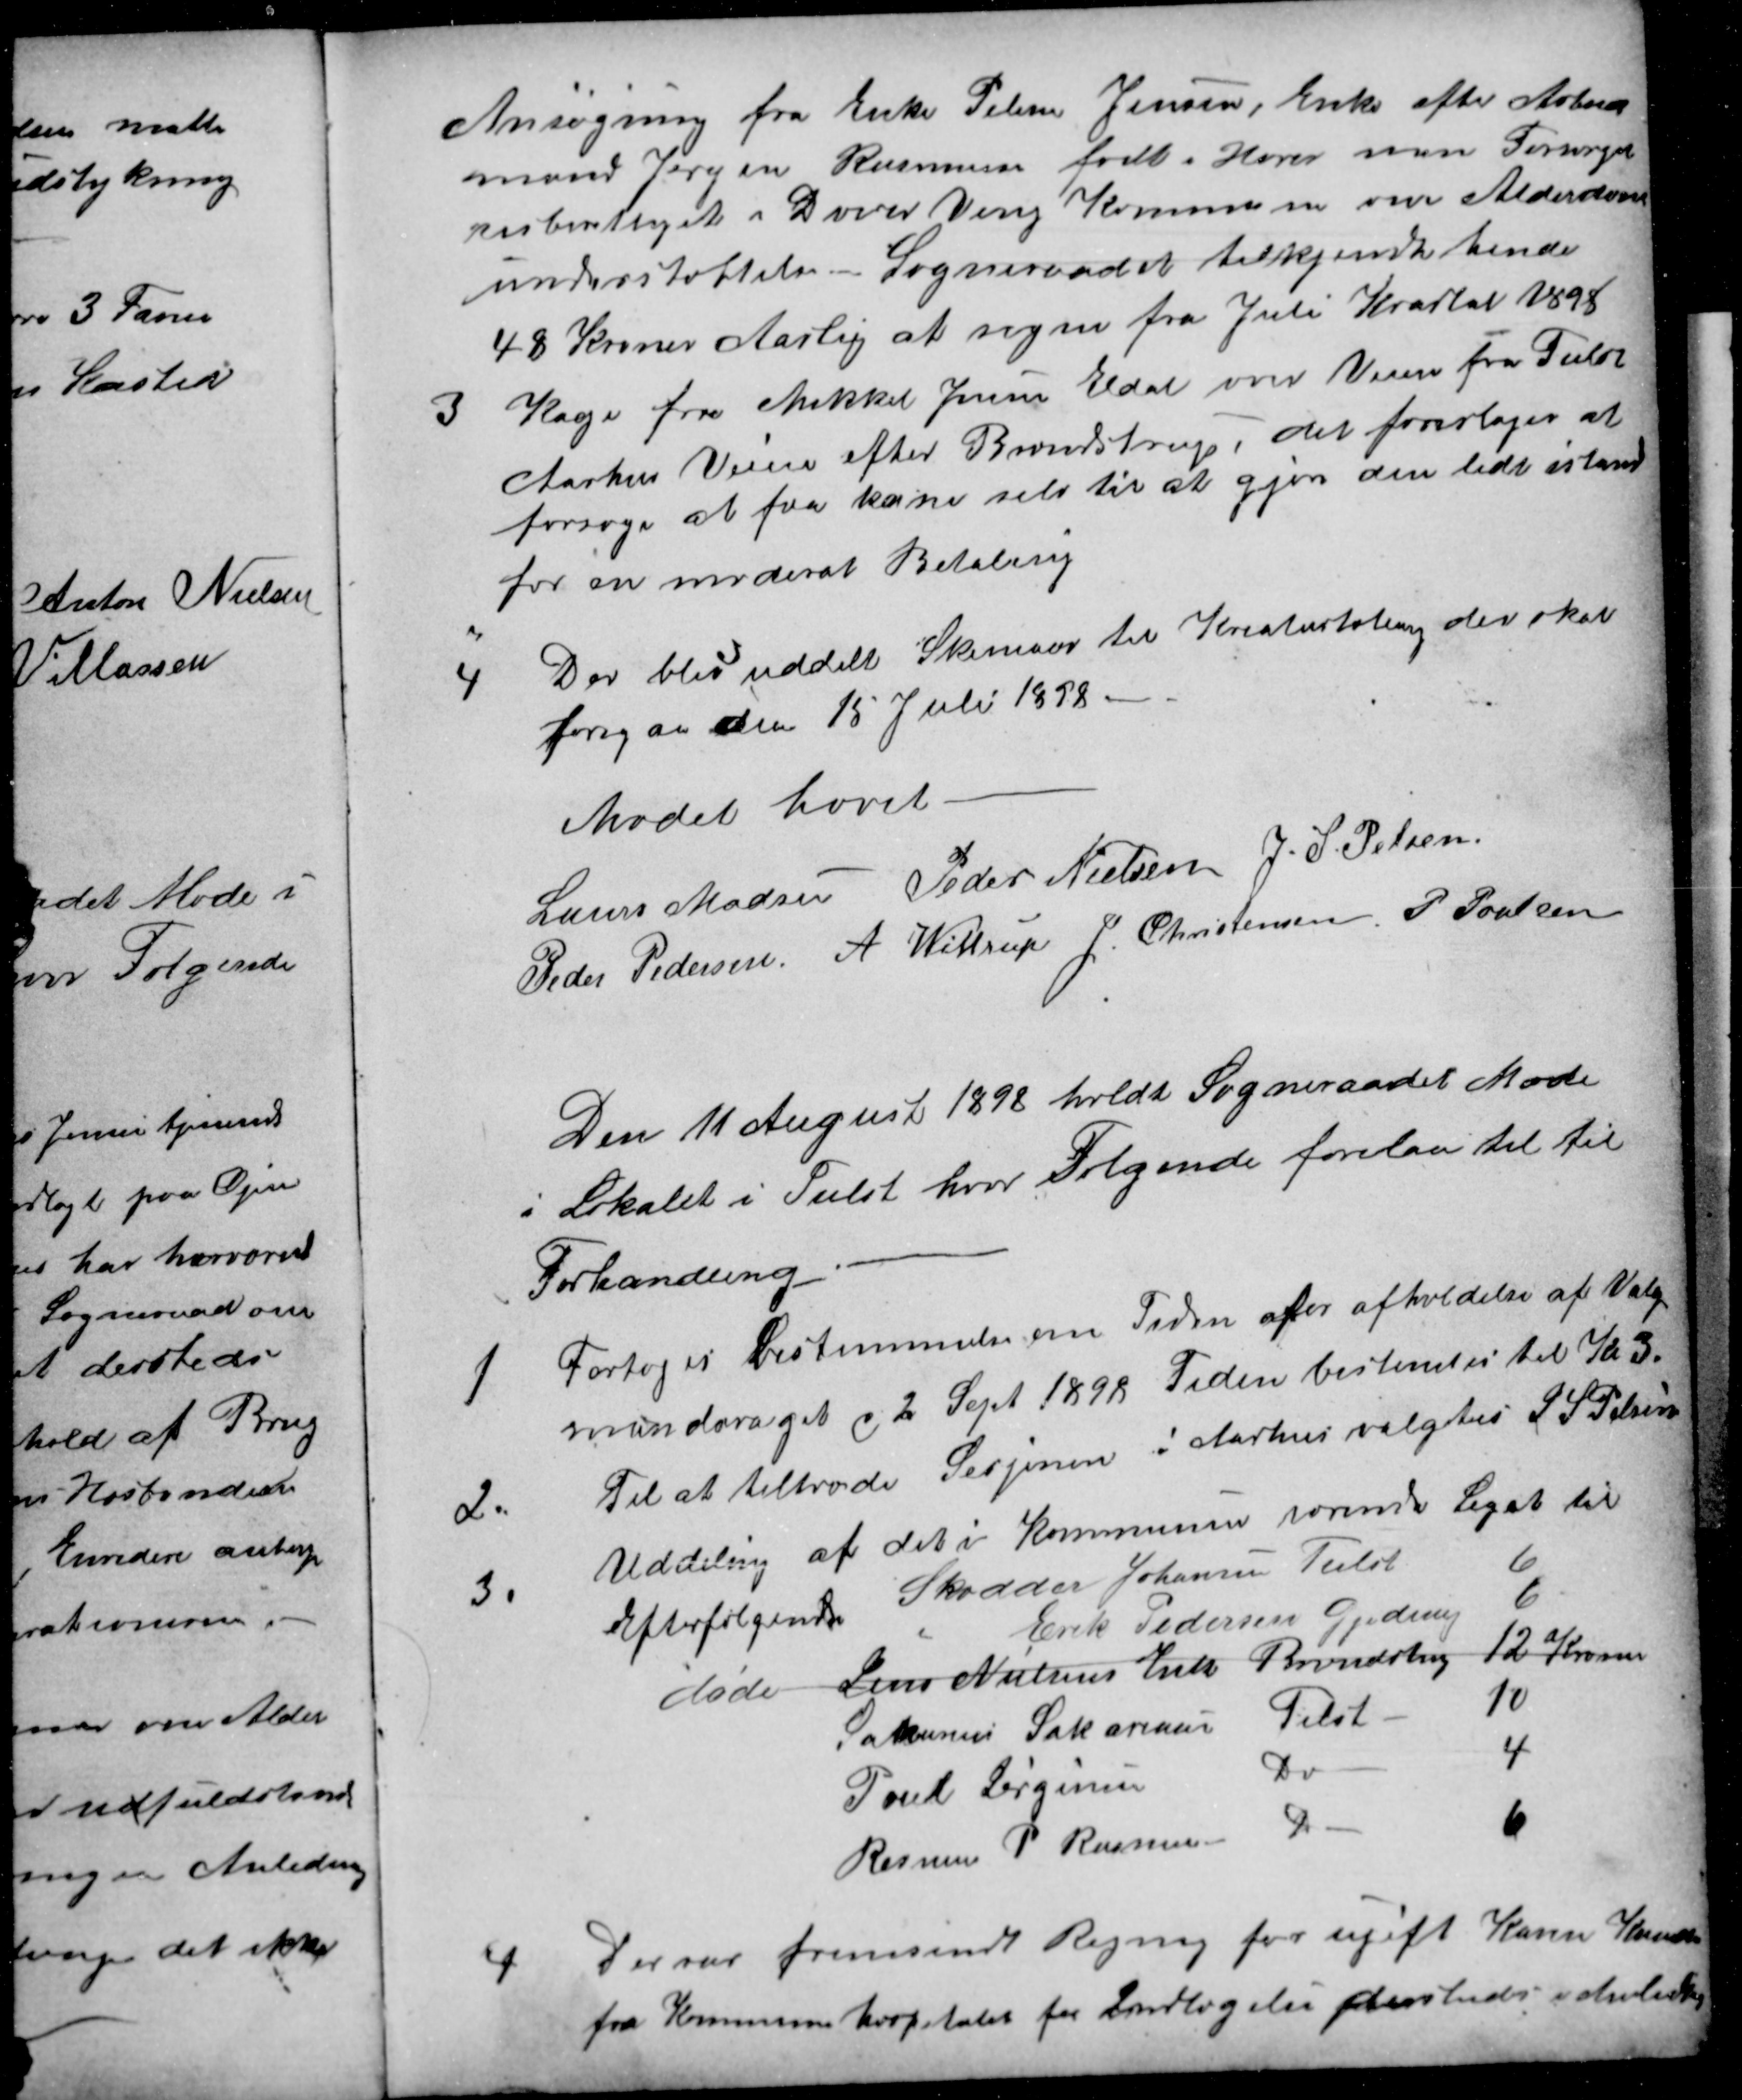
Transskription:
Ansøgning fra Enke Pelene Jensen, Enke efter Arbeid
mand Jørgen Rasmussen født i Hover men Forsørgel
sesberettiget i Dover Veng Kommune om Alderdoms
understøttelse - Sogneraadet tilkjendte hende
48 Kroner Aarlig at regne fra Juli Kvartal 1898
3
Kage fra Mikkel Jensen Eldal over Veien fra Tiilst
Aarhus Veien efter Brendstrup, det foresloges at
forsøge at faa ham selv til at gjøre den lidt istand
for en moderat Betaling
4
Der blev uddelt Skemaer til Kreaturtæling der skal
foregaa den 15 Juli 1898.
Mødet hævet.
Laurs Madsen
Peder Nielsen
J. S. Pelsen
Peder Pedersen
 A Wittrup
J. Christensen
P. Poulsen
Den 11 August 1898 holdt Sogneraadet Møde
i Lokalet i Tiilst hvor Følgende forelaa til til
Forhandling
1
Fortoges bestemmelse om Tiden afor afholdelse af Valg
mandsvalget d 2 Sept 1898 Tiden bestemtes til Kl 3.
2.
Til at tiltræde Sesjonen i Aarhus valgtes J. S. Pelsen
3.
Uddeling af det i Kommunen værende Legat til
Efterfølgende
Skædder Johansen Tiilst
6
Erik Pedersen Gjeding
6
døde
Jens Nielsens Enke Brendstrup
12 Kroner
Zakarias Zakariasen Tilst.
10
Poul Jørgensen
Do
4
Rasmus P Rasmussen
Do
6
4.
Der var fremsendt Regning for ugift Karen Knudsen
fra Kommunehospitalet for Indlægelse dersteds i Anledning